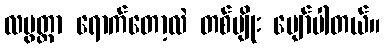
လပွတ္တာ ရောက်တော့လဲ တစ်မျိုး ပျော်ပါတယ်။